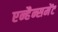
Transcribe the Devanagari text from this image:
एन्हैन्समेंट